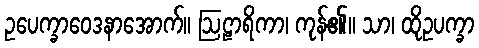
ဥပေက္ခာဝေဒနာအောက်။ ဩဠာရိကာ၊ ကုန်၏။ သာ၊ ထိုဥပက္ခာ